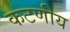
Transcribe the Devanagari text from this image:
कटणीय